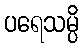
ပရေသမ္ပိ